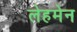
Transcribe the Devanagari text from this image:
लेहमेन